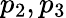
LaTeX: p_{2},p_{3}